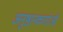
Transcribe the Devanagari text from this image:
अनुष्ठानकर्ताओं